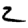
Digit: 2